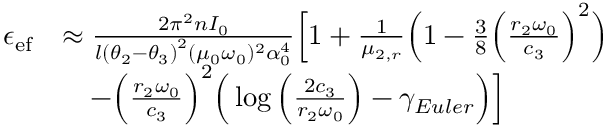
\begin{array} { r l } { \epsilon _ { \mathrm { e f } } } & { \approx \frac { 2 \pi ^ { 2 } n I _ { 0 } } { l \left( \theta _ { 2 } - \theta _ { 3 } \right) ^ { 2 } ( \mu _ { 0 } \omega _ { 0 } ) ^ { 2 } \alpha _ { 0 } ^ { 4 } } \Big [ 1 + \frac { 1 } { \mu _ { 2 , r } } \Big ( 1 - \frac { 3 } { 8 } \Big ( \frac { r _ { 2 } \omega _ { 0 } } { c _ { 3 } } \Big ) ^ { 2 } \Big ) } \\ & { \quad - \Big ( \frac { r _ { 2 } \omega _ { 0 } } { c _ { 3 } } \Big ) ^ { 2 } \Big ( \log \Big ( \frac { 2 c _ { 3 } } { r _ { 2 } \omega _ { 0 } } \Big ) - \gamma _ { E u l e r } \Big ) \Big ] } \end{array}